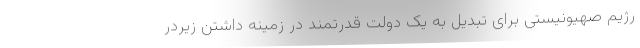
رژیم صهیونیستی برای تبدیل به یک دولت قدرتمند در زمینه داشتن زیردر